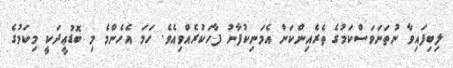
ލިބިފައިވާ ނުތަނަވަސްކަމުގެ ތެރެއިންކަން އެމަނިކުފާނު ފާހަކުރެއްވިއެވެ. ހަމަ އެހެންމެ މި ބޮޑުޢީދަކީ މިކަމުގެ